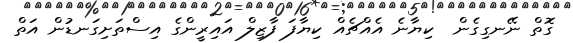
ގޮތް ނޭނގިގެން  ކިޔާނެ އެއްޗެއް ކިޔާފަ ފާޒިލް އައިރީންގެ އިސްތަށިގަނޑުން އަތް